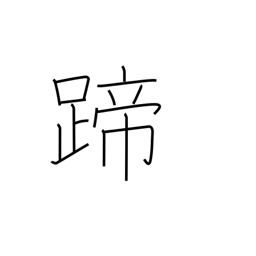
Meaning: hoof